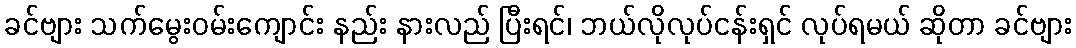
ခင်ဗျား သက်မွေးဝမ်းကျောင်း နည်း နားလည် ပြီးရင်၊ ဘယ်လိုလုပ်ငန်းရှင် လုပ်ရမယ် ဆိုတာ ခင်ဗျား